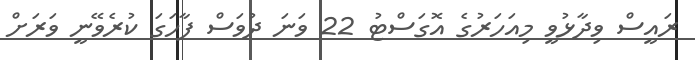
ރައީސް ވިދާޅުވީ މިއަހަރުގެ އޮގަސްޓު 22 ވަނަ ދުވަސް ފާހަގަ ކުރެވޭނީ ވަރަށް